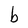
Character: b